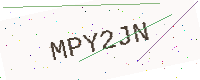
Text: MPY2JN